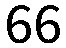
66